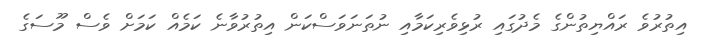
އިތުރުވެ ރައްޔިތުންގެ މެދުގައި ރުޅިވެރިކަމާއި ނުތަނަވަސްކަން އިތުރުވާނެ ކަމެއް ކަމަށް ވެސް މޫސަގެ